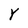
Character: Y